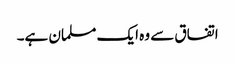
اتفاق سے وہ ایک مسلمان ہے۔